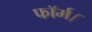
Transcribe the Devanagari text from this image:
फॉर्म।